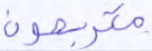
متربصون